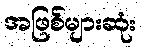
အဖြစ်များဆုံး